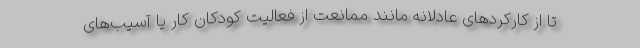
تا از کارکردهای عادلانه مانند ممانعت از فعالیت کودکان کار یا آسیب‌های